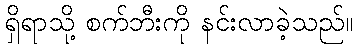
ရှိရာသို့ စက်ဘီးကို နင်းလာခဲ့သည်။